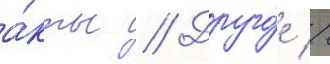
а́кты // Друго́е //